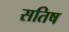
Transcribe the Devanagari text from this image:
सतिष